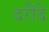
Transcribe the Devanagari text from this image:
दरींदे